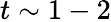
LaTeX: t\sim 1-2